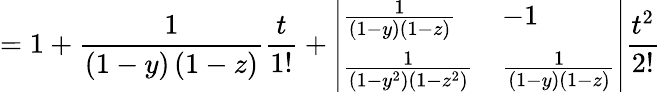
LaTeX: =1+\frac{1}{\left(1-y\right)\left(1-z\right)}\frac{t}{1!}+\left|\begin{array}{ll}{\frac{1}{\left(1-y\right)\left(1-z\right)}}&{-1}\\ {\frac{1}{\left(1-y^{2}\right)\left(1-z^{2}\right)}}&{\frac{1}{\left(1-y\right)\left(1-z\right)}}\end{array}\right|\frac{t^{2}}{2!}